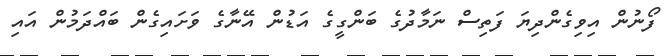
ފޯނުން އިވިގެންދިޔަ ފަތިސް ނަމާދުގެ ބަންގީގެ އަޑުން އޭނާގެ ވަށައިގެން ބައްދަމުން އައި